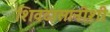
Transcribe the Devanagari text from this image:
शिवदासानीशी